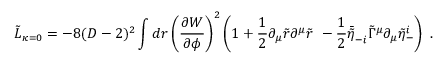
\tilde { \cal L } _ { \kappa = 0 } = - 8 ( D - 2 ) ^ { 2 } \int d r \left( { \frac { \partial W } { \partial \phi } } \right) ^ { 2 } \left( 1 + { \frac { 1 } { 2 } } \partial _ { \mu } \tilde { r } \partial ^ { \mu } \tilde { r } \ - { \frac { 1 } { 2 } } \bar { \tilde { \eta } } _ { - i } \tilde { \Gamma } ^ { \mu } \partial _ { \mu } \tilde { \eta } _ { - } ^ { i } \right) \ .